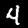
Label: 4